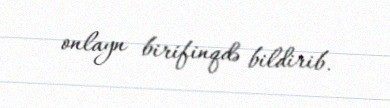
onlayn birifinqdə bildirib.